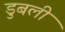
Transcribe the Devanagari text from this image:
डुबली